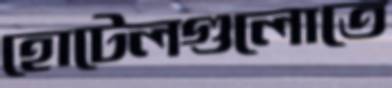
হোটেলগুলোতে